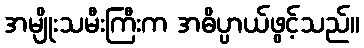
အမျိုးသမီးကြီးက အဓိပ္ပာယ်ဖွင့်သည်။